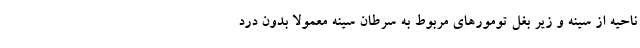
ناحیه از سینه و زیر بغل تومورهای مربوط به سرطان سینه معمولا بدون درد